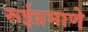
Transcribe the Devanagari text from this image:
रूईप्रमाणे